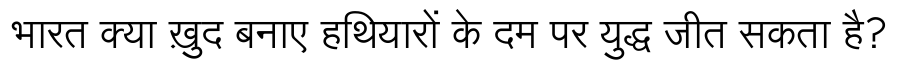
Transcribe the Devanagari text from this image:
भारत क्या ख़ुद बनाए हथियारों के दम पर युद्ध जीत सकता है?